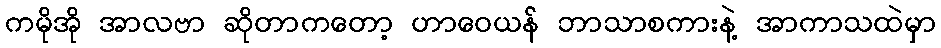
ကမိုအို အာလဗာ ဆိုတာကတော့ ဟာဝေယန် ဘာသာစကားနဲ့ အာကာသထဲမှာ